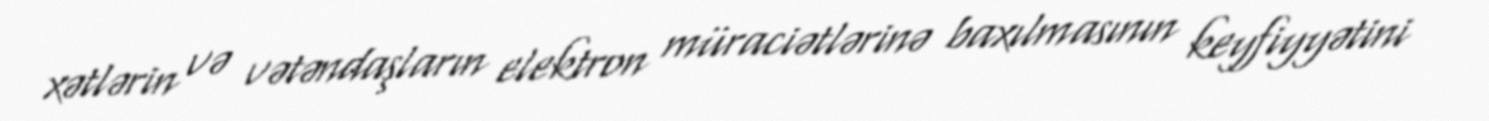
xətlərin və vətəndaşların elektron müraciətlərinə baxılmasının keyfiyyətini